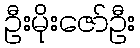
ဦးမိုးဇော်ဦး